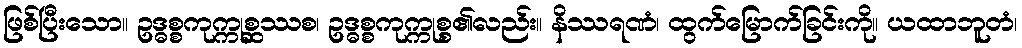
ဖြစ်ပြီးသော။ ဥဒ္ဓစ္စကုက္ကုစ္ဆဿစ၊ ဥဒ္ဓစ္စကုက္ကုစ္စ၏လည်း။ နိဿရဏံ၊ ထွက်မြောက်ခြင်းကို။ ယထာဘူတံ၊